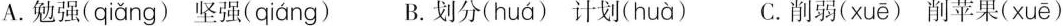
A.勉强( qiǎng )坚强( qiáng ) B.划分( huá )计划( huà ) C.削弱( xuē )削苹果( xuē )